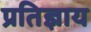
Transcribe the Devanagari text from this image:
प्रतिज्ञाय